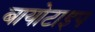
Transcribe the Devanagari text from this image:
बायोटाइप